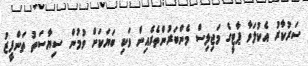
ސަރުކާރު އެކުލަވާ ޕާޓީގެ މަޖިލިސް މެންބަރުންތެރެއިން ވަކި ބަޔަކަށް ވުމުން ސިޔާސަތު ތަންފީޒު